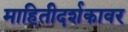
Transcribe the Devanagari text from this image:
माहितीदर्शकावर